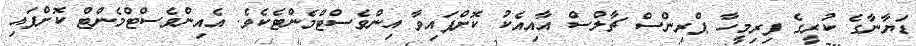
ޑަޔާނާގެ ކުރީގެ ފިރިމީހާ ޕްރިންސް ޗާލްސް އާއިއެކު ކޮށްފައިވާ އިންވެސްޓްމެންޓެކެވެ. އެއިންވެސްޓްމެންޓް ކޮށްފައި